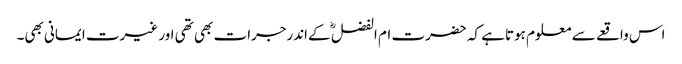
اس واقعے سے معلوم ہوتاہے کہ حضرت ام الفضل ؓ کےاندرجرات بھی تھی اور غیرت ایمانی بھی۔